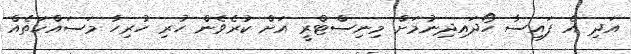
އަދި އެ ފައިސާ ހޯދައިދިނުމަށް މިނިސްޓްރީ އަށް ކުރެވެން ހުރި ހުރިހާ މަސައްކަތެއް